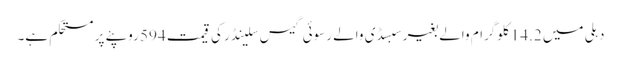
دہلی میں 14.2 کلوگرام والے بغیر سبسڈی والے رسوئی گیس سلینڈر کی قیمت 594 روپئے پر مستحکم ہے۔